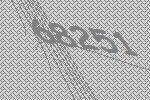
68251